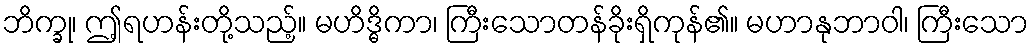
ဘိက္ခု၊ ဤ့ရဟန်းတို့သည့်။ မဟိဒ္ဓိကာ၊ ကြီးသောတန်ခိုးရှိကုန်၏။ မဟာနုဘာဝါ၊ ကြီးသော